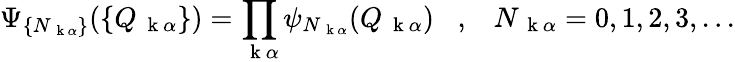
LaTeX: \Psi_{\{ N_{\mathrm{~\mathbf~k~}\alpha}\} }(\{ Q_{\mathrm{~\mathbf~k~}\alpha}\} )=\prod_{\mathrm{~\mathbf~k~}\alpha}\psi_{N_{\mathrm{~\mathbf~k~}\alpha}}(Q_{\mathrm{~\mathbf~k~}\alpha})\; \; \; ,\; \; \; N_{\mathrm{~\mathbf~k~}\alpha}=0,1,2,3,...